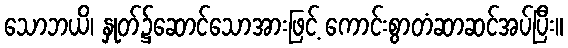
သောဘယိ၊ နှုတ်၌ဆောင်သောအားဖြင့် ကောင်းစွာတံဆာဆင်အပ်ပြီး။